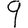
Digit: 9